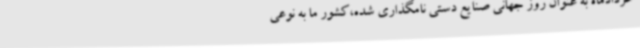
خردادماه به عنوان روز جهانی صنایع دستی نامگذاری شده،کشور ما به نوعی